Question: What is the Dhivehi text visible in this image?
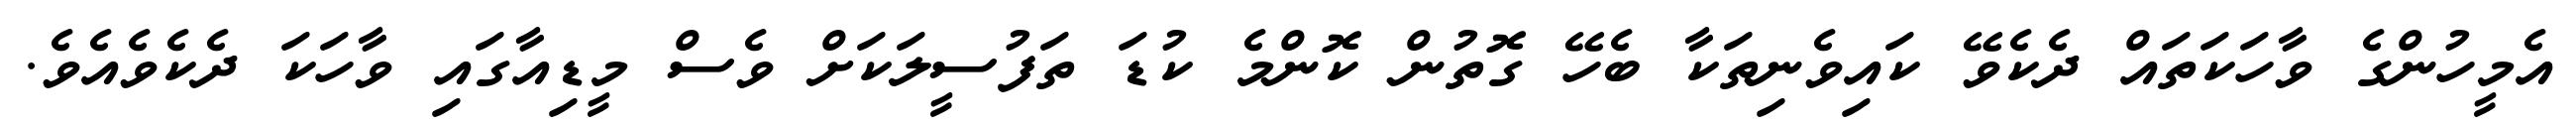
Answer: އެމީހުންގެ ވާހަކަތައް ދެކެވޭ ކައިވެނިތަކާ ބެހޭ ގޮތުން ކޮންމެ ކުޑަ ތަފުސީލަކަށް ވެސް މީޑިއާގައި ވާހަކަ ދެކެވެއެވެ.